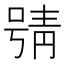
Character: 𱓪